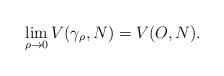
LaTeX: \begin{align*} \lim_{ \rho \to 0} V(\gamma_\rho, N) = V(O,N).\end{align*}